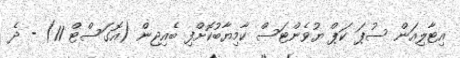
އިޓާލިއަން ސުޕަ ކަޕް ޔުވެންޓަސް ކާމިޔާބުކޮށްފި ބެއިޖިން (އޮގަސްޓް 11) - ދެ